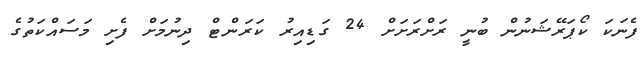
ފެނަކަ ކޯޕަރޭޝަނުން ބުނީ ރަށްރަށަށް 24 ގަޑިއިރު ކަރަންޓް ދިނުމަށް ފެށި މަސައްކަތުގެ